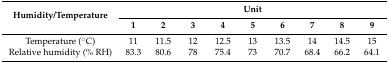
<table><thead><tr><td rowspan="2"><b>Humidity/Temperature</b></td><td colspan="9"><b>Unit</b></td></tr><tr><td><b>1</b></td><td><b>2</b></td><td><b>3</b></td><td><b>4</b></td><td><b>5</b></td><td><b>6</b></td><td><b>7</b></td><td><b>8</b></td><td><b>9</b></td></tr></thead><tbody><tr><td>Temperature (°C)</td><td>11</td><td>11.5</td><td>12</td><td>12.5</td><td>13</td><td>13.5</td><td>14</td><td>14.5</td><td>15</td></tr><tr><td>Relative humidity (% RH)</td><td>83.3</td><td>80.6</td><td>78</td><td>75.4</td><td>73</td><td>70.7</td><td>68.4</td><td>66.2</td><td>64.1</td></tr></tbody></table>